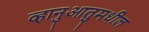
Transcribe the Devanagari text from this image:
व्हानुआतुमधील